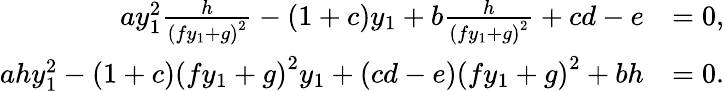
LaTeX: \begin{array}{rl}{ay_{1}^{2}\frac{h}{\left(fy_{1}+g\right)^{2}}-\left(1+c\right)y_{1}+b\frac{h}{\left(fy_{1}+g\right)^{2}}+cd-e}&{=0,}\\ {ahy_{1}^{2}-\left(1+c\right)\left(fy_{1}+g\right)^{2}y_{1}+\left(cd-e\right)\left(fy_{1}+g\right)^{2}+bh}&{=0.}\end{array}